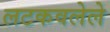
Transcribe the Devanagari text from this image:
लटकवलेले